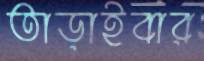
তাড়াইবার